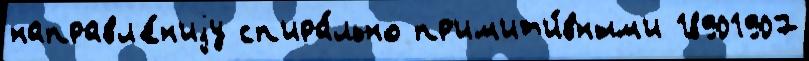
направл'е́н'иjу сп'ира́льно пр'им'ит'и́вным'и 18901907